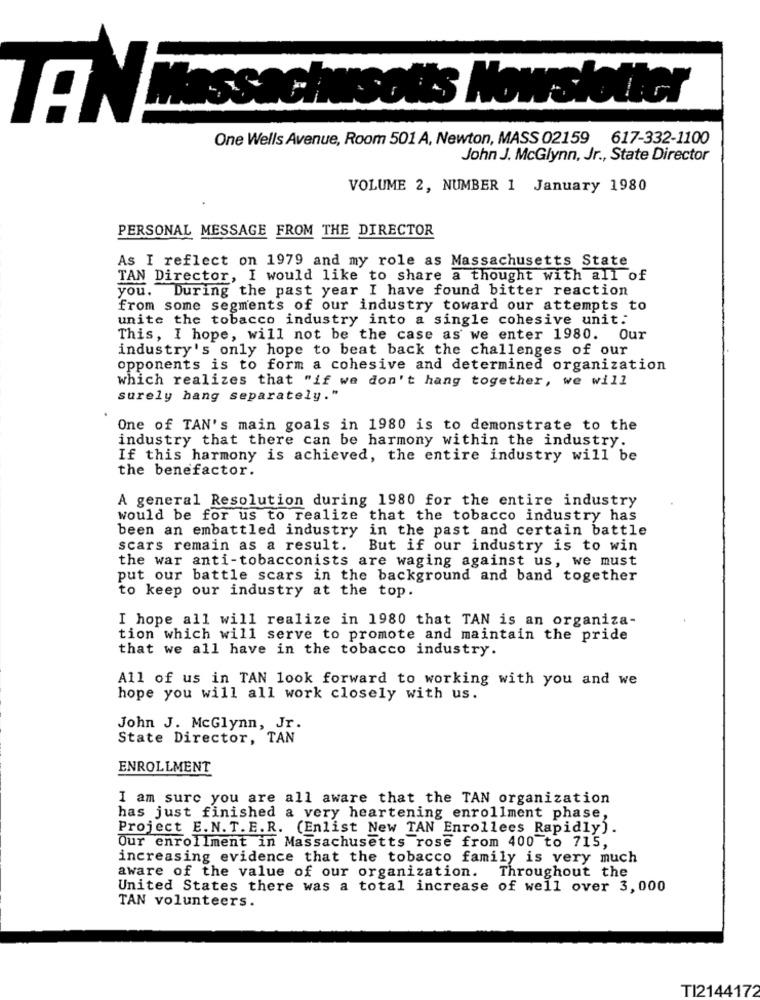
Yowslotter
TAN passacherso
One Wells Avenue, Room 501 A, Newton, MASS 02159 617-332-1100
John J. McGlynn, Jr ., State Director
VOLUME 2, NUMBER 1 January 1980
PERSONAL MESSAGE FROM THE DIRECTOR
As I reflect on 1979 and my role as Massachusetts State
TAN Director, I would like to share a thought with all of
you. During the past year I have found bitter reaction
from some segments of our industry toward our attempts to
unite the tobacco industry into a single cohesive unit:
This, I hope, will not be the case as we enter 1980. Our
industry's only hope to beat back the challenges of our
opponents is to form a cohesive and determined organization
which realizes that "if we don't hang together, we will
surely hang separately."
One of TAN's main goals in 1980 is to demonstrate to the
industry that there can be harmony within the industry.
If this harmony is achieved, the entire industry will be
the benefactor.
A general Resolution during 1980 for the entire industry
would be for us to realize that the tobacco industry has
been an embattled industry in the past and certain battle
scars remain as a result.
But if our industry is to win
the war anti-tobacconists are waging against us, we must
put our battle scars in the background and band together
to keep our industry at the top.
I hope all will realize in 1980 that TAN is an organiza-
tion which will serve to promote and maintain the pride
that we all have in the tobacco industry.
All of us in TAN look forward to working with you and we
hope you will all work closely with us.
John J. McGlynn, Jr.
State Director, TAN
ENROLLMENT
I am sure you are all aware that the TAN organization
has just finished a very heartening enrollment phase,
Project E.N.T. E.R. (Enlist New TAN Enrollees Rapidly).
Our enrollment in Massachusetts rose from 400 to 715,
increasing evidence that the tobacco family is very much
aware of the value of our organization. Throughout the
United States there was a total increase of well over 3,000
TAN volunteers.
TI2144172